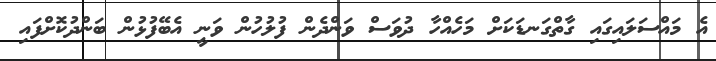
އެ މައްސަލައިގައި ގާތްގަނޑަކަށް މަހެއްހާ ދުވަސް ވަންދެން ފުލުހުން ވަނީ އެބޭފުޅުން ބަންދުކޮށްފައި